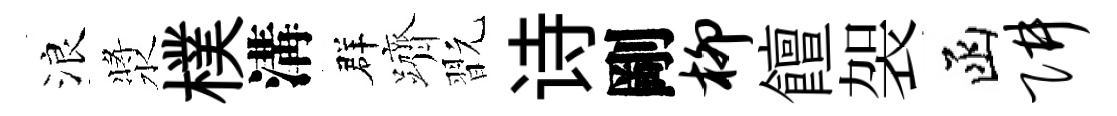
浪漿樸溝群躋翫诗剛柳饘袈函阱